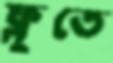
ফ্লুতে